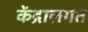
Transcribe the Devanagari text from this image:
केंद्रालगत